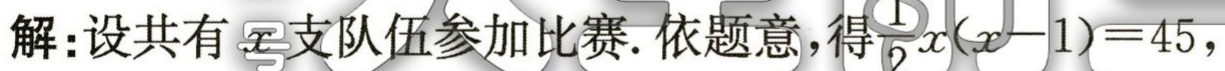
解:设共有\(x\)支队伍参加比赛. 依题意，得\(\frac{1}{2}x(x - 1)=45\)，